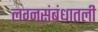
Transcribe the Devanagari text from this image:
लग्नसंबंधातली